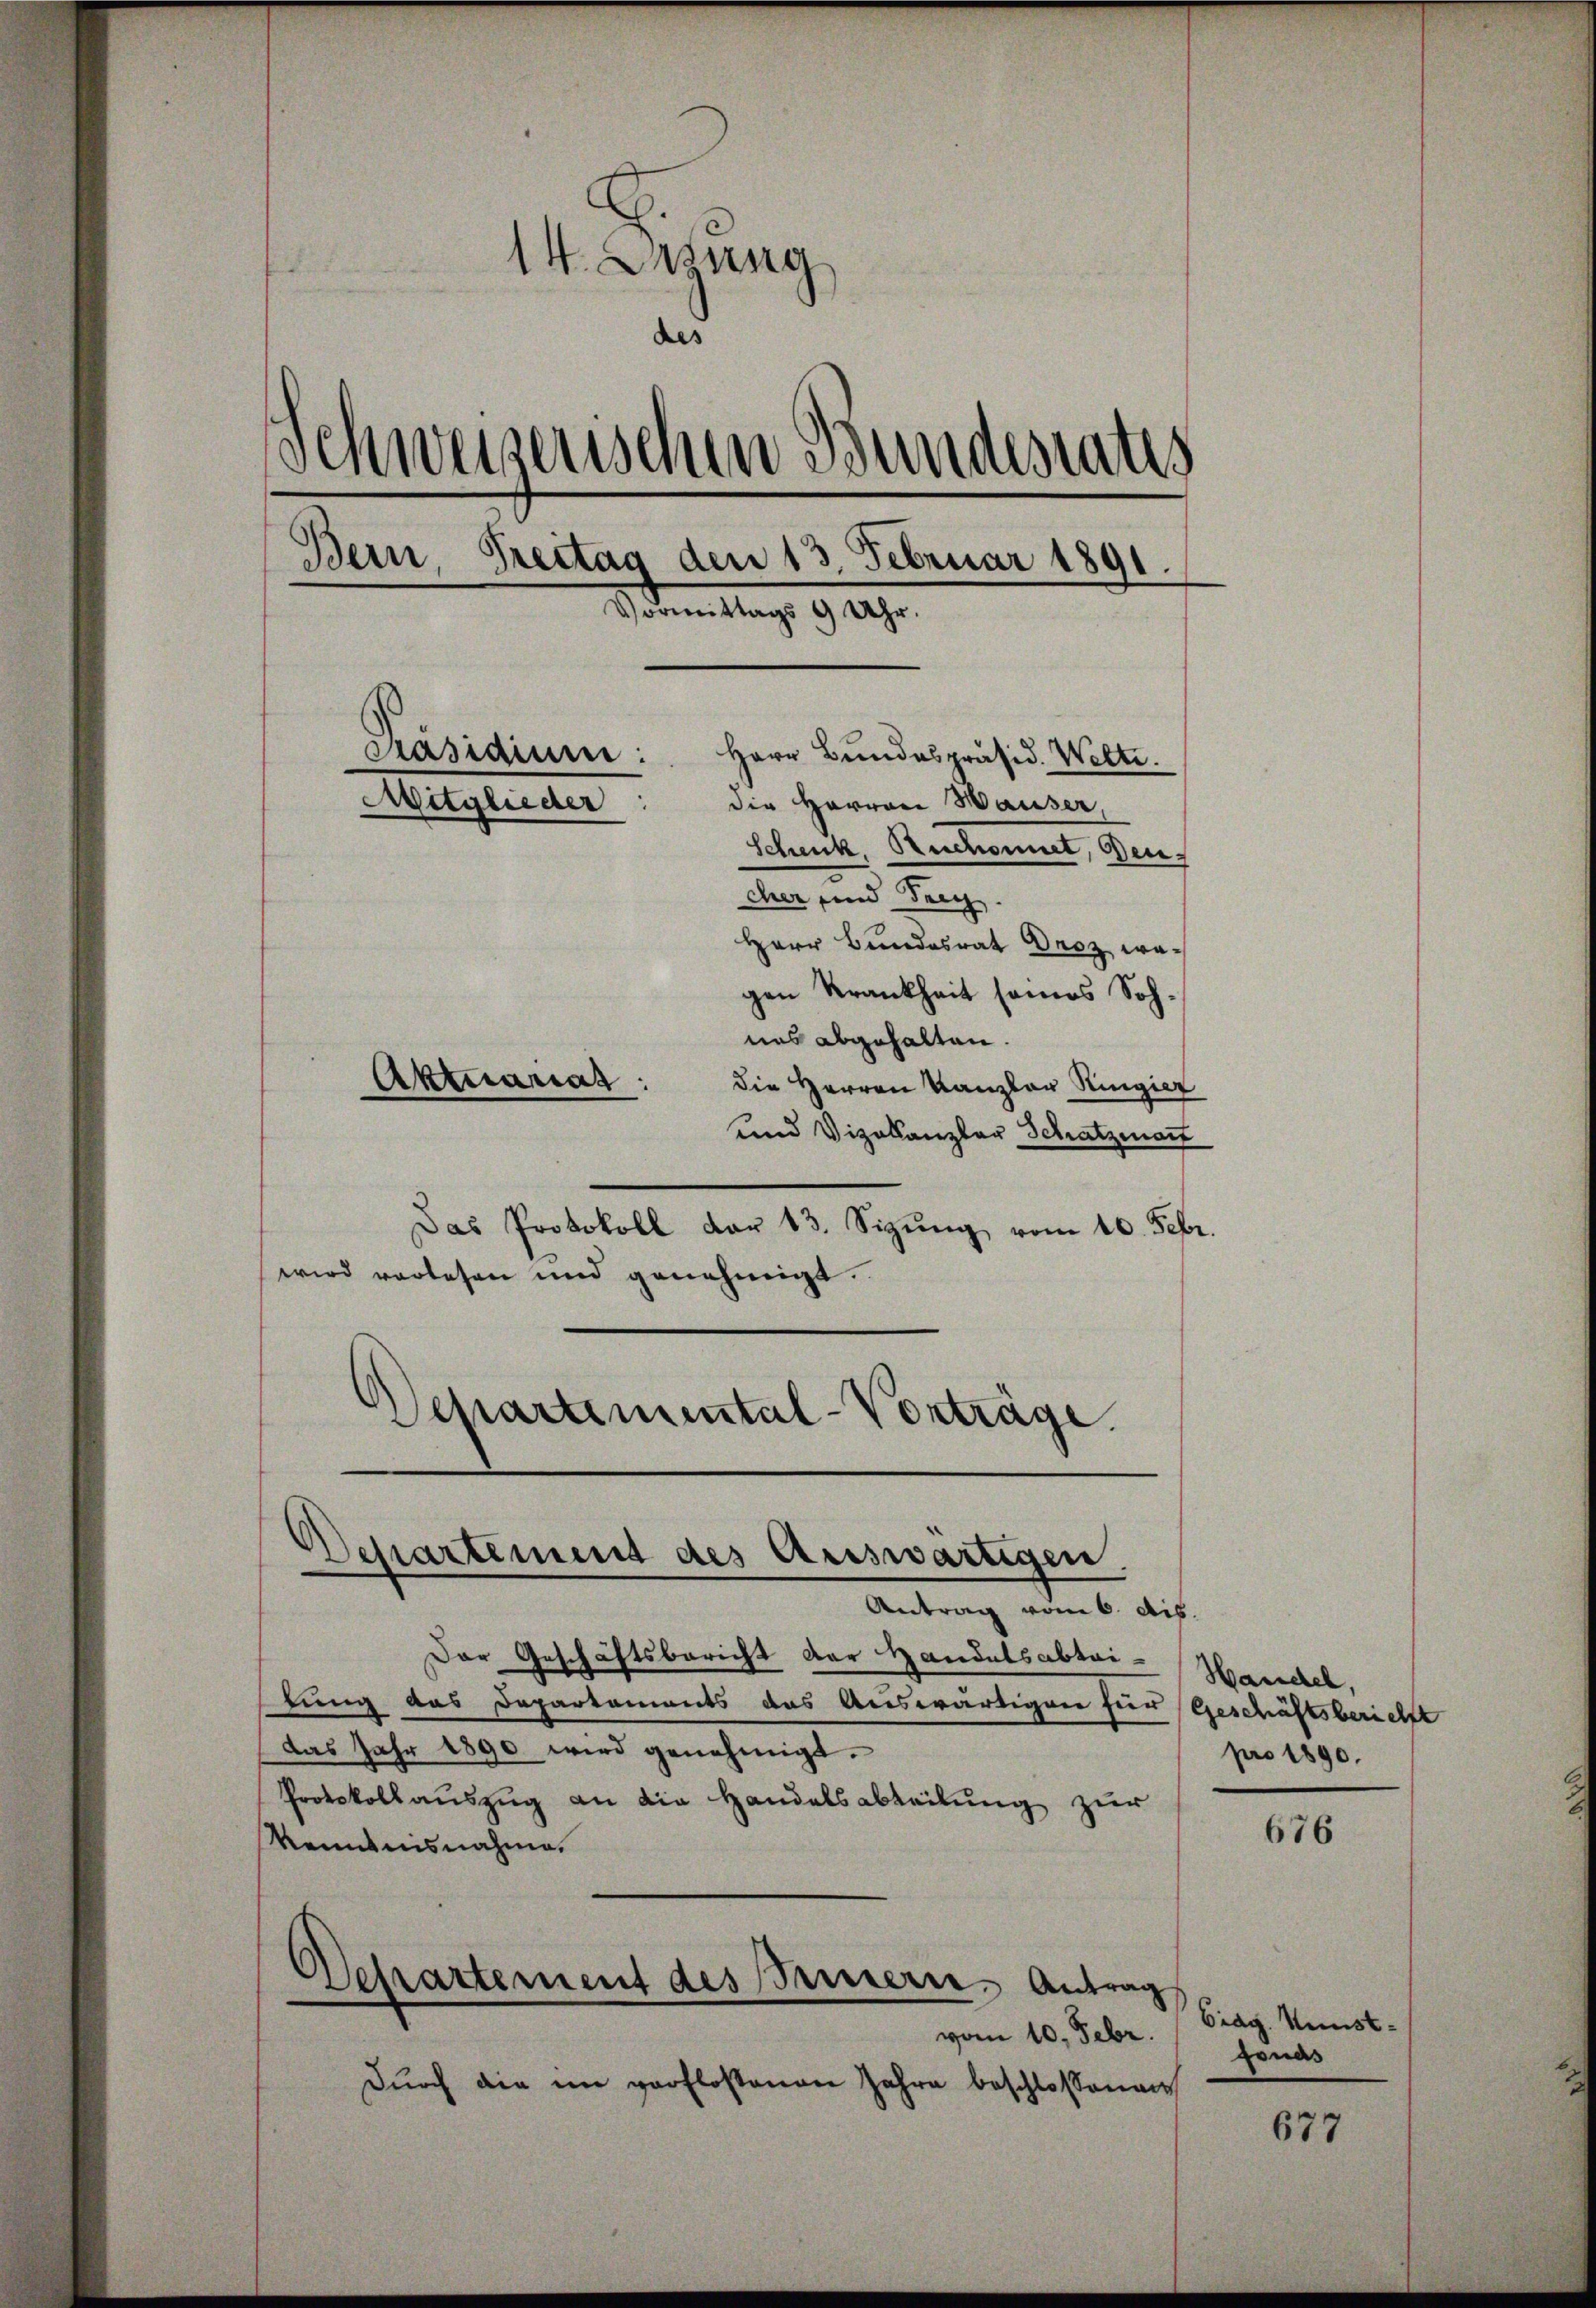
14. Dezung
das
u
Schweizerischen wundesrates
S.
Bern, Breitag den 13. Februar 1891
e
Vormittags 9 Uhr.
stasiaium:
Herr Bundespräsid. Welti.
Mitglieder
die Herren Hauser.
Schenk, Ruchonnet, Gen
cher und Frey.
Herr Bundesrat Droz, wegen Krankheit seines Sohnes abgehalten.
Aktuariat
die Herren Kanzler Ringier

und Vizekanzler Schatzman
das Protokoll dar 13. Sizŭng vom 10. Febr.
wird verlesen und genehmigt.
Separtimental-Vorträge.

Separtement des Auswärtigen.
Antrag vom 6. Ab.

Der Geschäftsbericht der Handelsabtai-Marscheh,
tung das Departements das Auswärtigen für Geschäftsbericht
das Jahr 1890 wird genehmigt.
Protokollaŭszŭg an die Handelsabteilŭng zŭr
Kenntnisnahme.
.
Departement des Sennern, Antrag
vom 10. Febr.
Dŭrch die im verflostenen Jahre beschlossenen

pro 1890.

676

Eidg. Kunstgonas

677